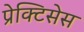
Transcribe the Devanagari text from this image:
प्रेक्टिसेस